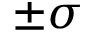
\pm \sigma